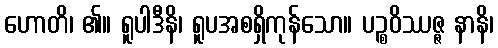
ဟောတိ၊ ၏။ ရူပါဒီနိ၊ ရူပအစရှိကုန်သော။ ပဉ္စဝိဿဇ္ဇ နာနိ၊